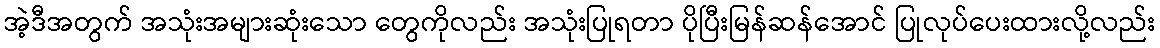
အဲ့ဒီအတွက် အသုံးအများဆုံးသော တွေကိုလည်း အသုံးပြုရတာ ပိုပြီးမြန်ဆန်အောင် ပြုလုပ်ပေးထားလို့လည်း